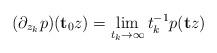
LaTeX: \begin{align*}(\partial_{z_k}p)(\mathbf{t}_0z) = \lim_{t_k \rightarrow \infty} t_k^{-1}p(\mathbf{t}z)\end{align*}